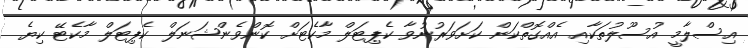
އިސްލާމީ އުސޫލުތަކާއި އެއްގޮތްކަން ކަށަވަރުނުވާ ކެޕިޓަލް މާކެޓަށް ކޮންވެންޝަނަލް ކެޕިޓަލް މާކެޓޭ ކިޔެ